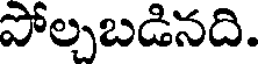
పోల్చబడినది.